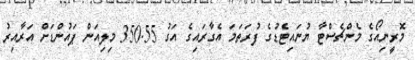
މޮރީނިއޯގެ މެންޗެސްޓާ ޔުނައިޓެޑުގެ ފުރަތަމަ އެގާރައިގެ އަގު 350.55 މިލިއަން ޕައުންޑަށް އަރާއިރު